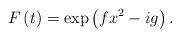
LaTeX: \begin{align*}F\left( t\right) =\exp \left( fx^{2}-ig\right).\end{align*}